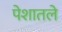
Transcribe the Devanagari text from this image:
पेशातले